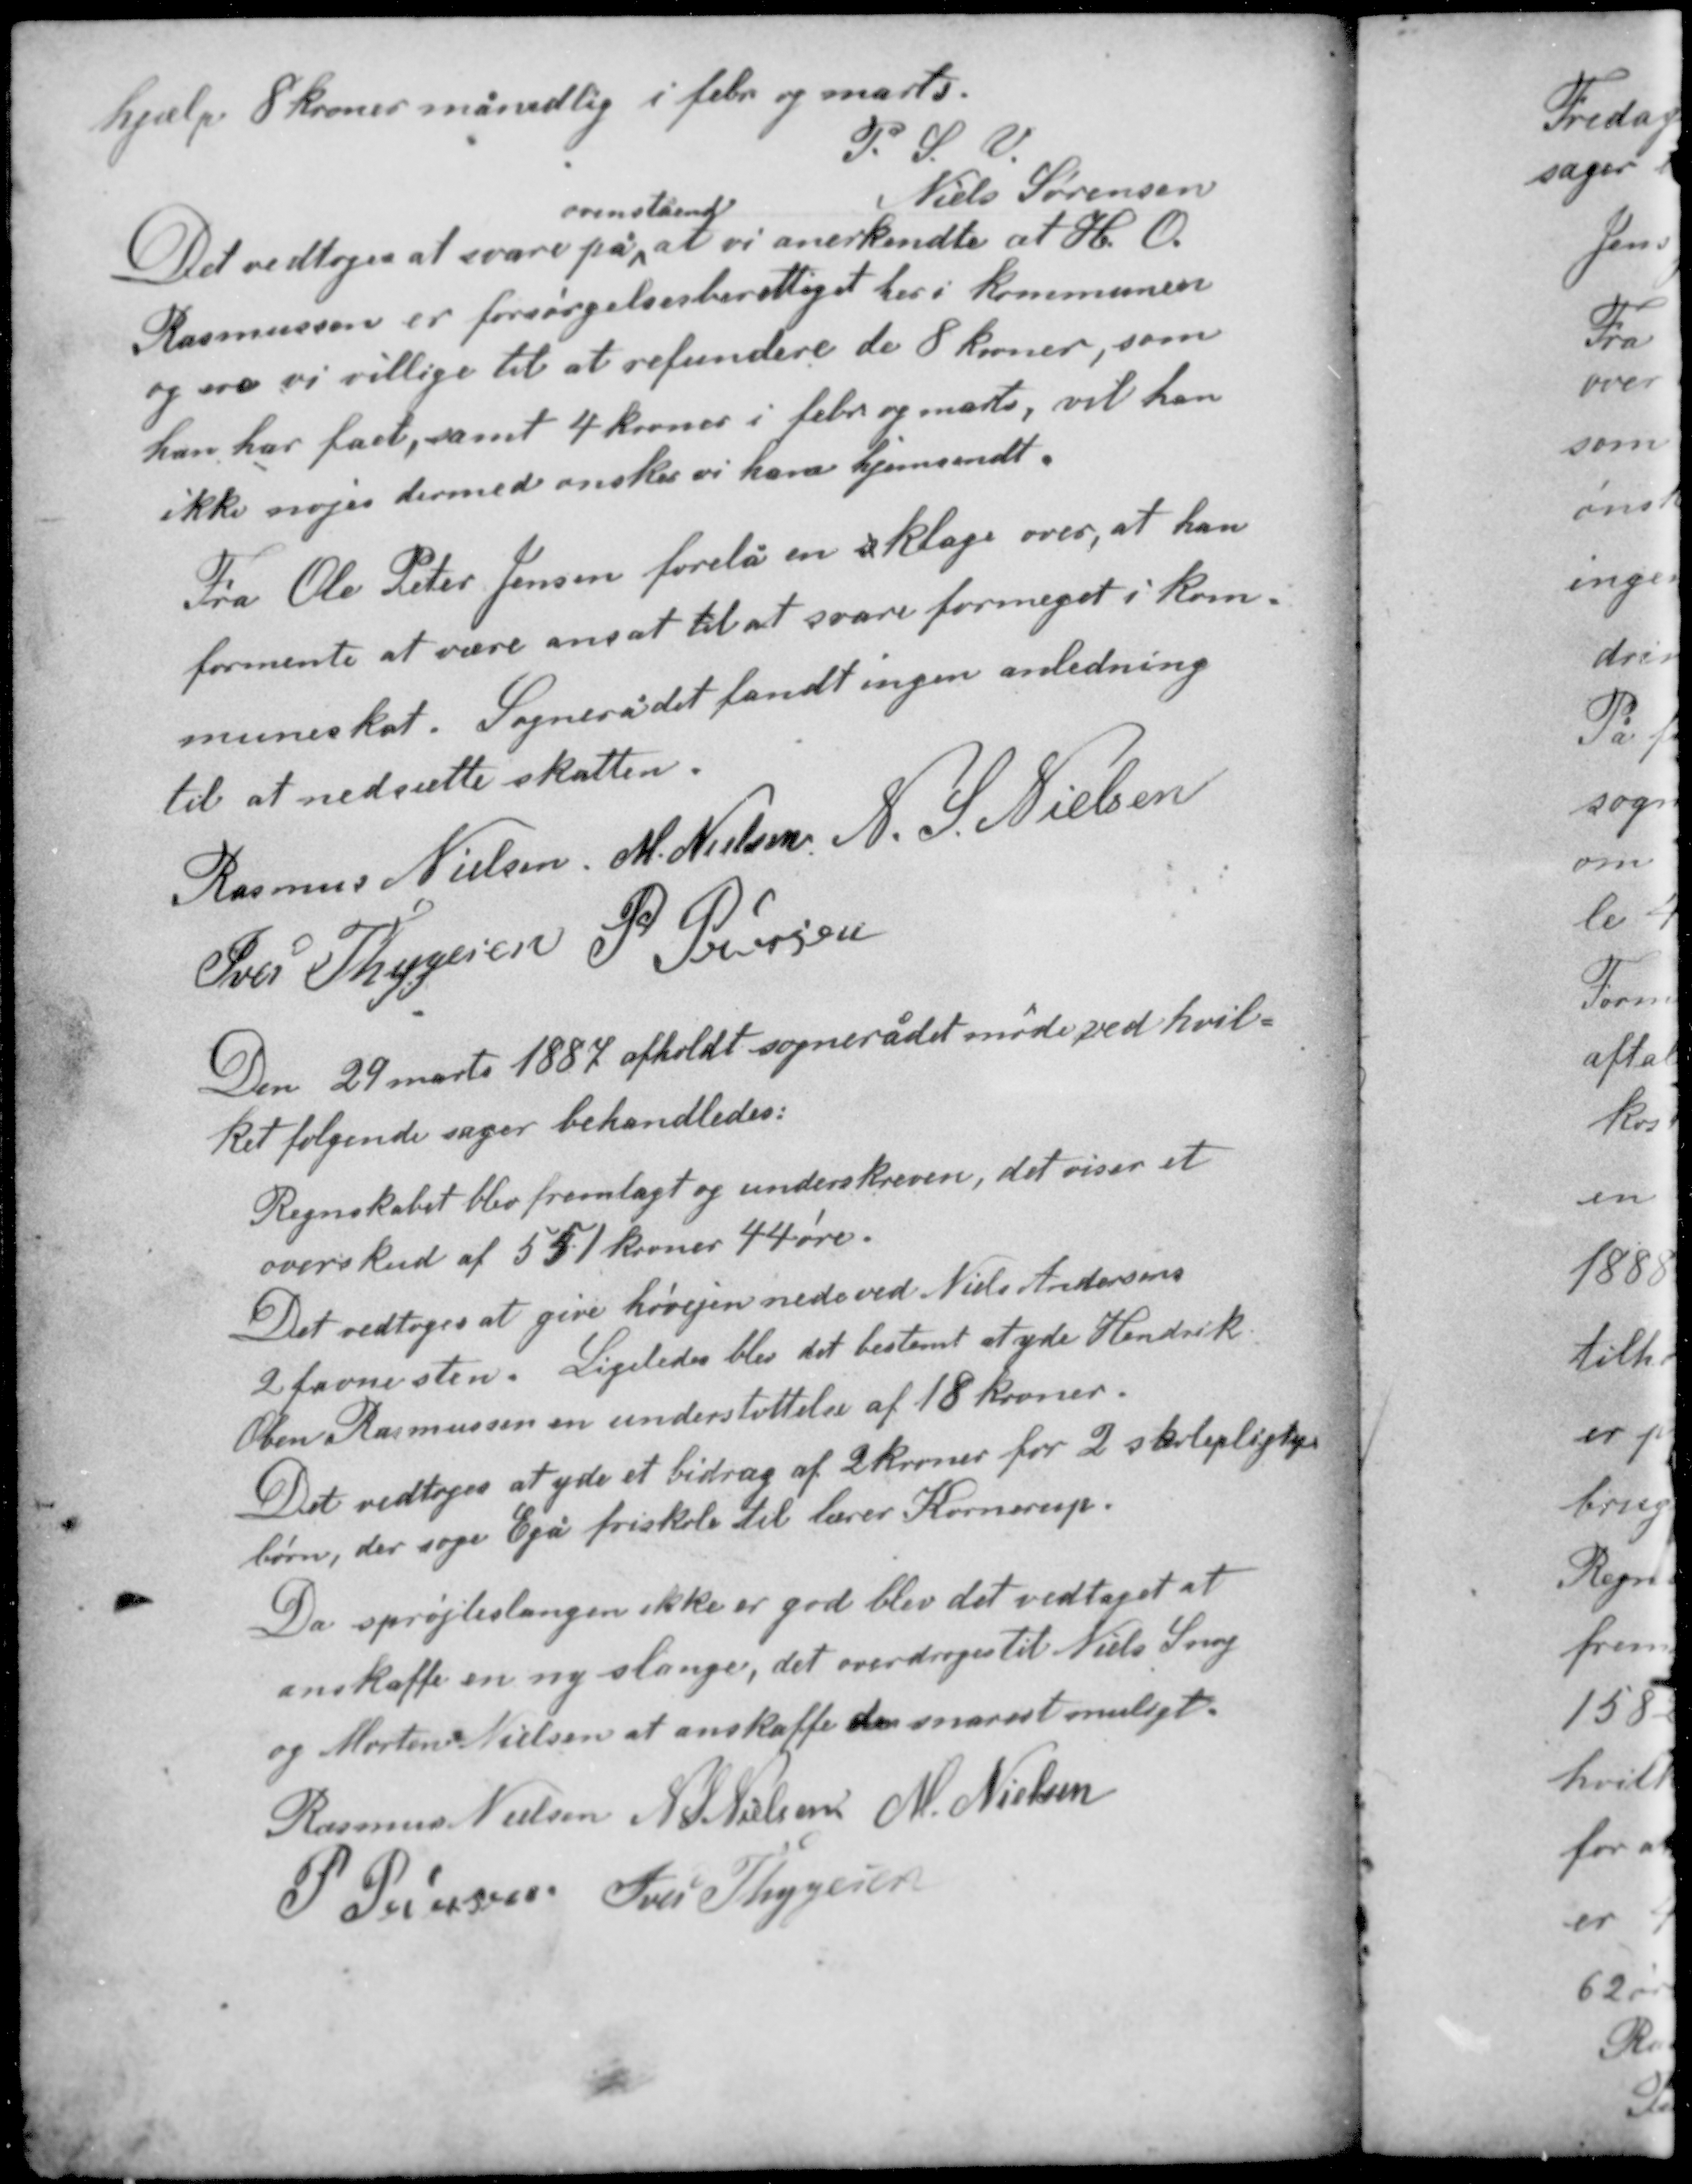
Transskription:
hjælp 8 kroner månedlig i febr og marts.
P. S. V.
Niels Sørensen
ovenstående
Det vedtoges at svare på at vi anerkendte at H. O.
Rasmussen er forsørgelsesberettiget her i kommunen
og ere vi villige til at refundere de 8 kroner, som
han har fået, samt 4 kroner i febr og marts, vil han
ikke nøjes dermed ønsker vi ham hjemsendt.

Fra Ole Peter Jensen forelå en aklage over, at han
formente at være ansat til at svare for meget i kom-
muneskat. Sognerådet fandt ingen anledning
til at nedsætte skatten.

Rasmus Nielsen M. Nielsen N. S. Nielsen
Iver Thygesen P. Pedersen

Den 29 marts 1887 afholdt sognerådet møde ved hvil-
ket følgende sager behandledes:
Regnskabet blev fremlagt og underskreven, det viser et
overskud af 551 kroner 44 øre.

Det vedtoges at give høvejen nede ved Niels Andersens
2 favne sten. Ligeledes blev det bestemt at yde Hendrik
Oben Rasmussen en understøttelse af 18 kroner.
Det vedtoges at yde et bidrag af 2 kroner for 2 skolepligtige
børn, der søger Egå friskole til lærer Kornerup.

Da sprøjteslangen ikke er god blev det vedtaget at
anskaffe en ny slange, det overdroges til Niels Snog
og Morten Nielsen at anskaffe den snarest muligt.

Rasmus Nielsen N. S. Nielsen M. Nielsen
P. Pedersen Iver Thygesen